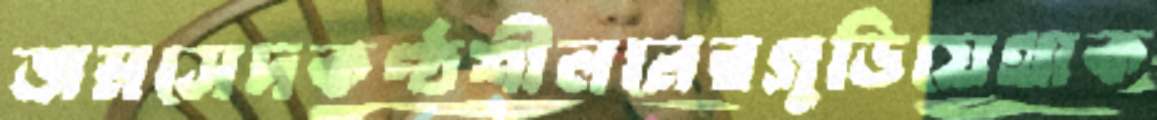
জমসেদকণ্ঠশীলনেরগুড়িয়েথাক